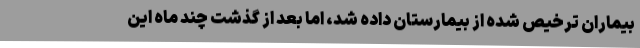
بیماران ترخیص شده از بیمارستان داده شد، اما بعد از گذشت چند ماه این